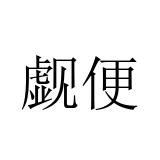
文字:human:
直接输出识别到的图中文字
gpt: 觑便